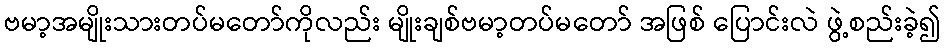
ဗမာ့အမျိုးသားတပ်မတော်ကိုလည်း မျိုးချစ်ဗမာ့တပ်မတော် အဖြစ် ပြောင်းလဲ ဖွဲ့စည်းခဲ့၍